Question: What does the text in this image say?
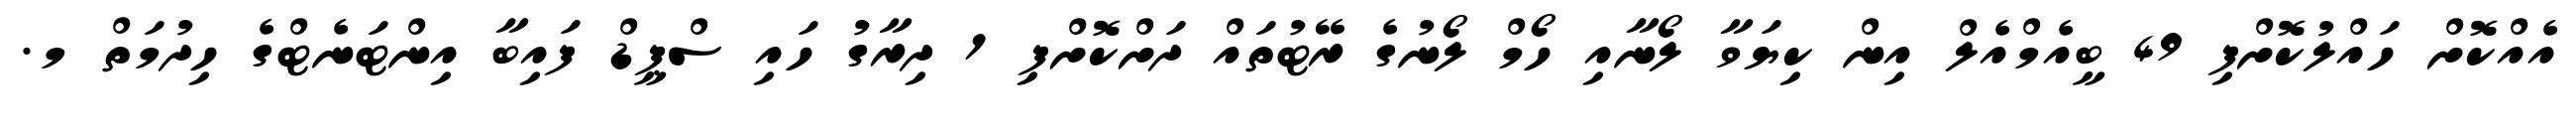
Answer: އެއްކޮށް ހައްލުކޮށްފި 49 ބީއެމްއެލް އިން ކިޔަވާ ލޯނާއި ހޯމް ލޯނުގެ ރޭޓުތައް ދަށްކޮށްފި 1 ދިރާގު ހައި ސްޕީޑް ފައިބާ އިންޓަނެޓްގެ ހިދުމަތް މ.